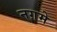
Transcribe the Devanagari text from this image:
नग़मे